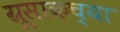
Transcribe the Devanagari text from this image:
ग्रूसाकच्या